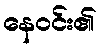
နေဝင်း၏